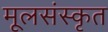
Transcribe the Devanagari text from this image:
मूलसंस्कृत